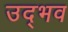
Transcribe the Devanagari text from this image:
उद्‍भव